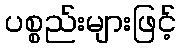
ပစ္စည်းများဖြင့်